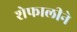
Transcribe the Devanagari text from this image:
शेफालीने